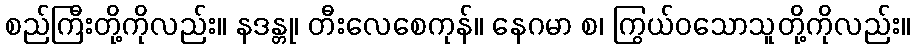
စည်ကြီးတို့ကိုလည်း။ နဒန္တု၊ တီးလေစေကုန်။ နေဂမာ စ၊ ကြွယ်ဝသောသူတို့ကိုလည်း။